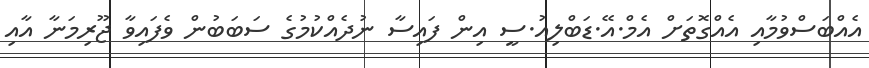
އެއްބަސްވުމާއި އެއްގޮތަށް އެމް.އޭ.ޑަބްލިއު.ސީ އިން ފައިސާ ނުދެއްކުމުގެ ސަބަބުން ވެފައިވާ ޖޫރިމަނާ އާއި